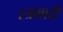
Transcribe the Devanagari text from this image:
स्त्रावादी